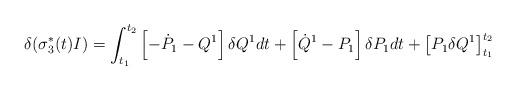
LaTeX: \begin{align*}\delta(\sigma^{*}_{3}(t)I)=\int^{t_{2}}_{t_{1}}\left[-\dot{P}_{1}-Q^{1}\right]\delta Q^{1}dt+\left[\dot{Q}^{1}-P_{1}\right]\delta P_{1}dt+\left[P_{1}\delta Q^{1}\right]^{t_{2}}_{t_{1}}\end{align*}